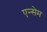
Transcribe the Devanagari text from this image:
एन्सेम